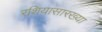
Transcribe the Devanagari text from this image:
रशियासारख्या